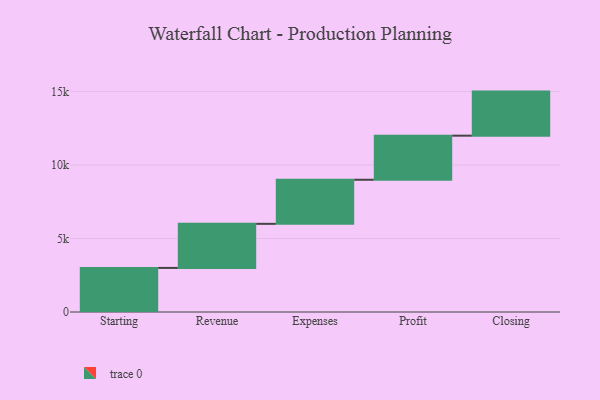
{"axis": {"x": "Step", "y": "Value"}, "legend": [""], "data": [{"x": "Starting", "y": 3000, "type": ""}, {"x": "Revenue", "y": 3000, "type": ""}, {"x": "Expenses", "y": 3000, "type": ""}, {"x": "Profit", "y": 3000, "type": ""}, {"x": "Closing", "y": 3000, "type": ""}]}